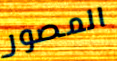
المصور